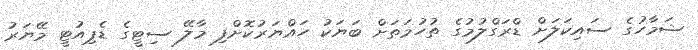
ޝަމާހުގެ ސައިކަލަށް ޑްރަގްލުމުގެ ތުހުމަތަށް ބަޔަކު ހައްޔަރުކޮށްފި މާލޭ ސިޓީގެ ޑެޕިއުޓީ މޭޔަރު